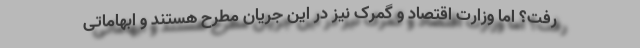
رفت؟ اما وزارت اقتصاد و گمرک نیز در این جریان مطرح هستند و ابهاماتی